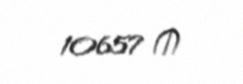
10657 ₼